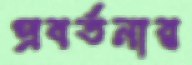
প্রবর্তনার